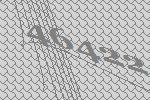
46422